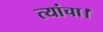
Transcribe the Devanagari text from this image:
त्यांचा।